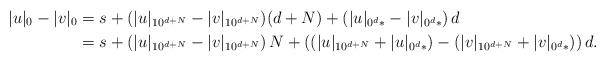
\begin{align*}|u|_0 - |v|_0 &= s + (|u|_{10^{d+N}} - |v|_{10^{d+N}})(d+N) +( |u|_{0^d*} -|v|_{0^d*} )\,d\\&= s + (|u|_{10^{d+N}} - |v|_{10^{d+N}})\,N +((|u|_{10^{d+N}} + |u|_{0^d*}) -(|v|_{10^{d+N}} + |v|_{0^d*}) )\,d.\end{align*}